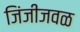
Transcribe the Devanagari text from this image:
जिंजीजवळ